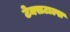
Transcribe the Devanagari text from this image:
टेक्सटाल्स